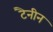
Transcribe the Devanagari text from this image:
टैनीन